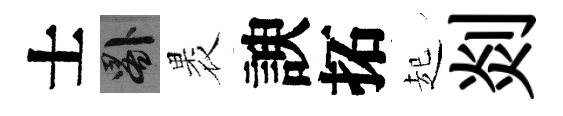
士晷褁諛拓起剡